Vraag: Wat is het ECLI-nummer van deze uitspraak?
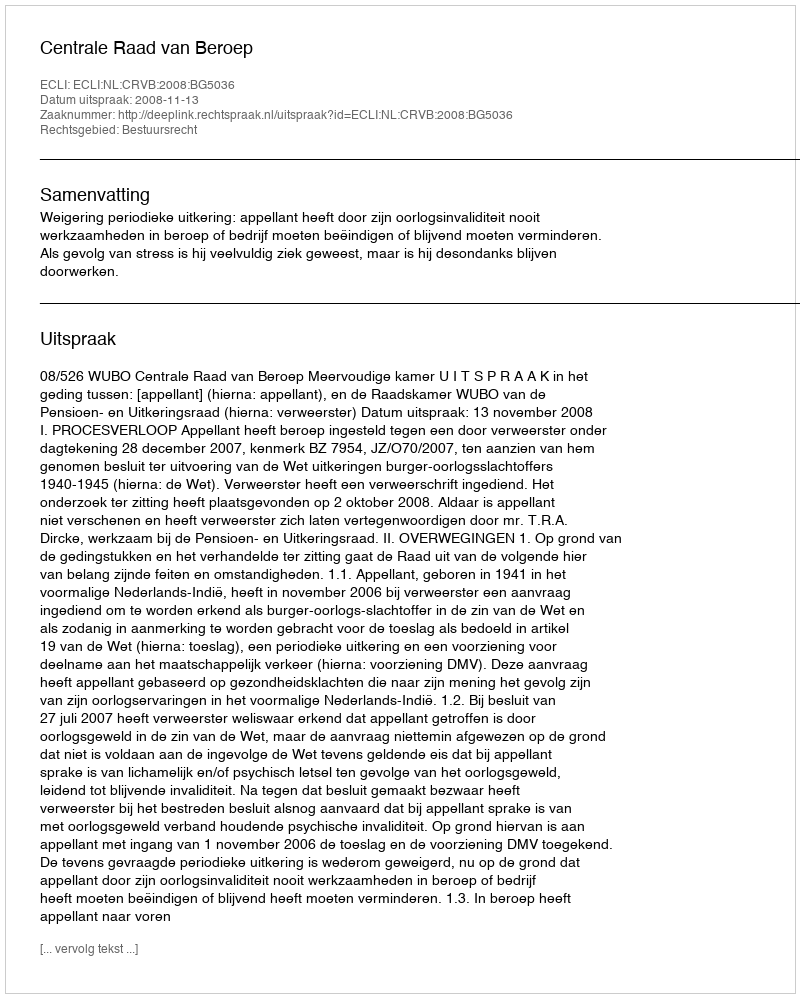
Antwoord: ECLI:NL:CRVB:2008:BG5036